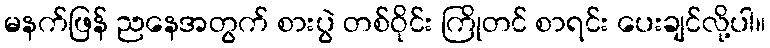
မနက်ဖြန် ညနေအတွက် စားပွဲ တစ်ဝိုင်း ကြိုတင် စာရင်း ပေးချင်လို့ပါ။